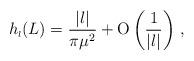
LaTeX: \begin{align*}h_{\scriptscriptstyle{l}}(L)=\frac{|l|}{\pi \mu^2} + \mbox{O} \left( \frac{1}{|l|}\right)\,,\end{align*}